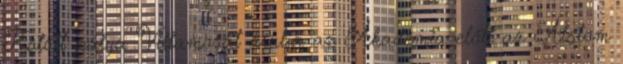
Kötött pálya Villamosát árulja az Akadémia előtt az Alstom